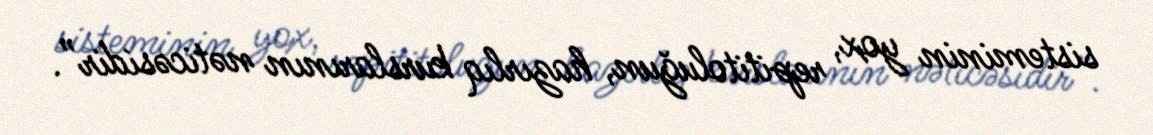
sisteminin yox, repititoluğun, hazırlıq kurslarının nəticəsidir”.